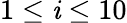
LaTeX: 1\leq\mathit{i}\leq10